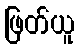
ဖြတ်ယူ